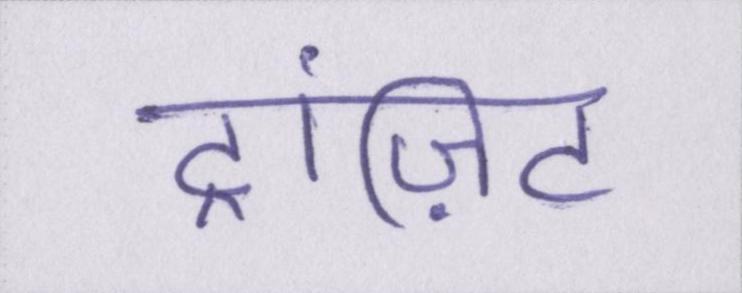
ट्रांज़िट